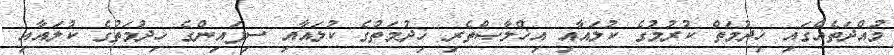
މުއްދަތެއްގައި ޚިދުމަތް ކުރުމުގެ ކުލައާއި އިޚްލާޞްތެރި ޚިދުމަތުގެ ކުލައާއި ސިފައިންގެ ޚިދުމަތުގެ ކުލައާއި